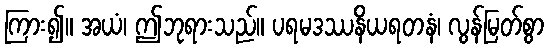
ကြား၍။ အယံ၊ ဤဘုရားသည်။ ပရမဒဿနိယရတနံ၊ လွန်မြတ်စွာ